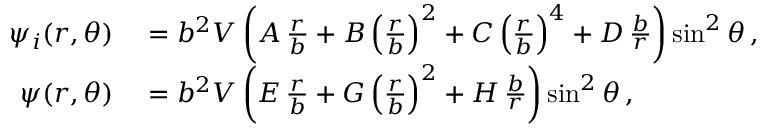
\begin{array} { r l } { \psi _ { i } ( r , \theta ) } & { { } = b ^ { 2 } V \left( A \, \frac { r } { b } + B \left( \frac { r } { b } \right) ^ { 2 } + C \left( \frac { r } { b } \right) ^ { 4 } + D \, \frac { b } { r } \right) \sin ^ { 2 } \theta \, , } \\ { \psi ( r , \theta ) } & { { } = b ^ { 2 } V \left( E \, \frac { r } { b } + G \left( \frac { r } { b } \right) ^ { 2 } + H \, \frac { b } { r } \right) \sin ^ { 2 } \theta \, , } \end{array}